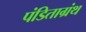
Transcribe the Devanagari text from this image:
पंडिताग्रंथ